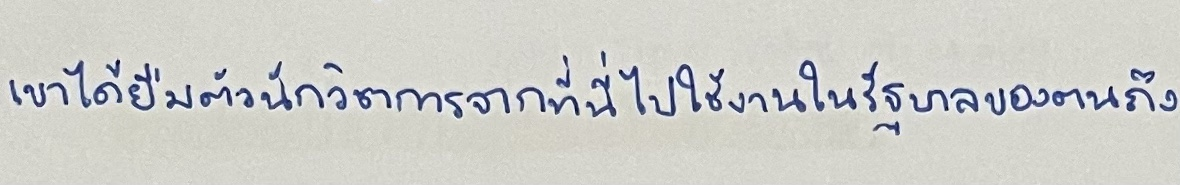
เขาได้ยืมตัวนักวิชาการจากที่นี่ไปใช้งานในรัฐบาลของตนถึง